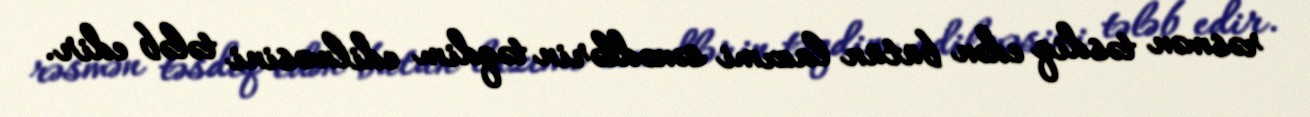
rəsmən təsdiq edən bütün lazımi sənədlərin təqdim edilməsini tələb edir.